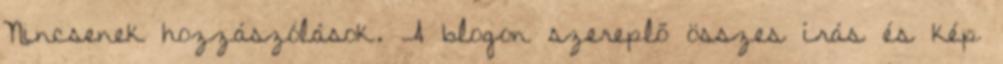
Nincsenek hozzászólások. A blogon szereplő összes írás és kép